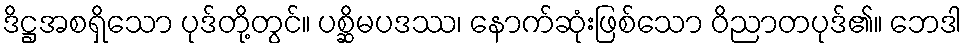
ဒိဋ္ဌအစရှိသော ပုဒ်တို့တွင်။ ပစ္ဆိမပဒဿ၊ နောက်ဆုံးဖြစ်သော ဝိညာတပုဒ်၏။ ဘေဒါ